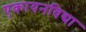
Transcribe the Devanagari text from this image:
एकायनविद्या